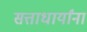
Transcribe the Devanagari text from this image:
सत्ताधार्यांना